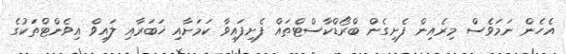
އެހެން ނަމަވެސް މިރެއިން ފެށިގެން ބްރޯޑްކާސްޓްތައް ފެށިފައިވާ ކަމަށާއި ޚަބަރާއި ލައިވް އިވެންޓްތަކުގެ